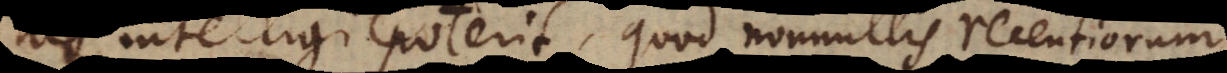
intelligi poterit, quod nonnullis recentiorum